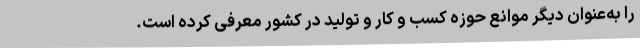
را به‌عنوان دیگر موانع حوزه کسب و کار و تولید در کشور معرفی کرده است.